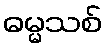
ဓမ္မသစ်